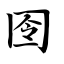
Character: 囹